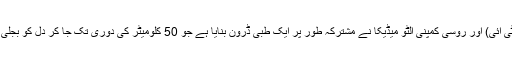
روس میں واقع ماسکو ٹیکنالوجی انسٹی ٹیوٹ (ایم ٹی آئی) اور روسی کمپنی آلٹو میڈیکا نے مشترکہ طور پر ایک طبی ڈرون بنایا ہے جو 50 کلومیٹر کی دوری تک جا کر دل کو بجلی کے ذریعے بحال کرنے والا نظام پہنچا سکتا ہے۔